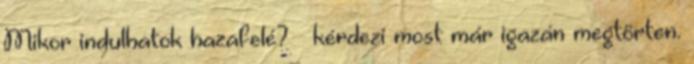
Mikor indulhatok hazafelé? – kérdezi most már igazán megtörten.